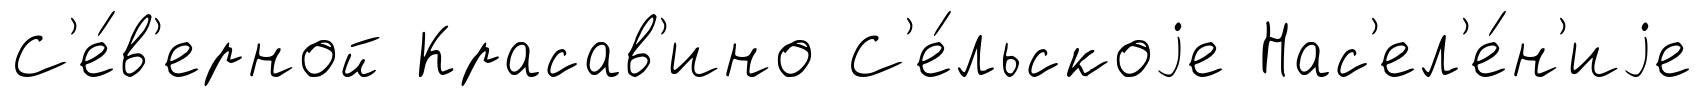
С'е́в'ерной Красав'ино С'е́льскоjе Нас'ел'е́н'иjе